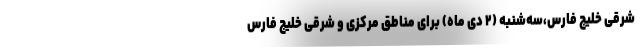
شرقی خلیج فارس،سه‌شنبه (۲ دی ماه) برای مناطق مرکزی و شرقی خلیج فارس